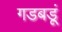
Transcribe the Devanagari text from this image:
गडबडूं